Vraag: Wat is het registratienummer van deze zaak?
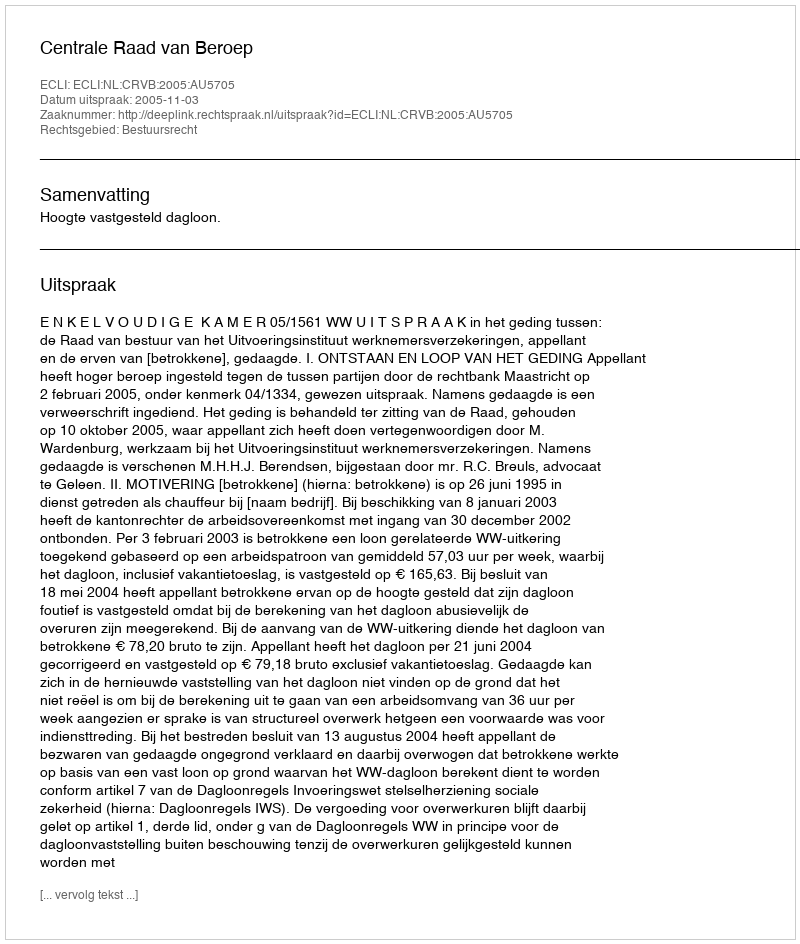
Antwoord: http://deeplink.rechtspraak.nl/uitspraak?id=ECLI:NL:CRVB:2005:AU5705